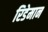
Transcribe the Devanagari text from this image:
रिडेमान